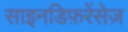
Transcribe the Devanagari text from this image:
साइनडिफ़रेंसेज़